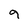
Character: 9